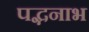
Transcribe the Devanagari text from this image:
पद्भनाभ